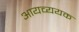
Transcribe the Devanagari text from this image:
आयव्ययक